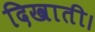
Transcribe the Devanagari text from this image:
दिखाती।